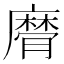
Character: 𢋚